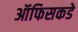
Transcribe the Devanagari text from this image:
ऑफिसकडे